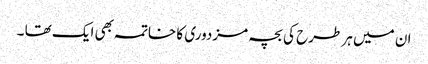
ان میں ہر طرح کی بچہ مزدوری کا خاتمہ بھی ایک تھا ۔